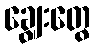
ချွေးတွေ